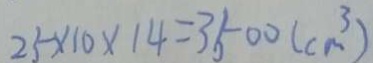
2 5 \times 1 0 \times 1 4 = 3 5 0 0 ( c m ^ { 3 } )